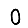
Digit: 0